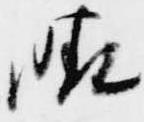
晴